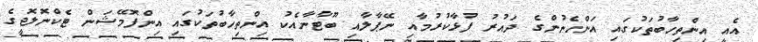
އެއީ އިންތިހާބުތަކުގައި އަންހެނުންގެ ދައުރު ފުޅާކުރުމާއި ނޭޕާލާއި ބޫޓާނާއެކު އިންތިހާބުތަކުގައި އިންފޮމޭޝަން ޓެކްނޮލޮޖީގެ